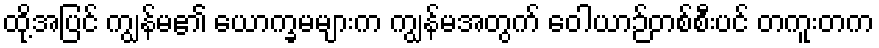
ထို့အပြင် ကျွန်မ၏ ယောက္ခမများက ကျွန်မအတွက် ဝေါယာဉ်တစ်စီးပင် တကူးတက